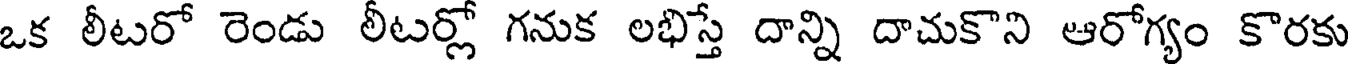
ఒక లీటరో రెండు లీటర్లో గనుక లభిస్తే దాన్ని దాచుకొని ఆరోగ్యం కొరకు